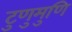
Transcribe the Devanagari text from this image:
टुणुमुणि